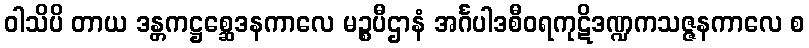
ဝါသိပိ တာယ ဒန္တကဋ္ဌစ္ဆေဒနကာလေ မဉ္စပီဌာနံ အင်္ဂပါဒစီဝရကုဋိဒဏ္ဍကသဇ္ဇနကာလေ စ